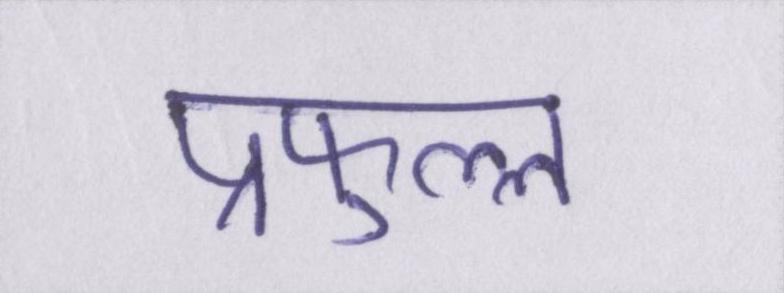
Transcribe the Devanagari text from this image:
प्रफुल्ल